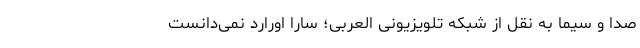
صدا و سیما به نقل از شبکه تلویزیونی العربی؛ سارا اورارد نمی‌دانست